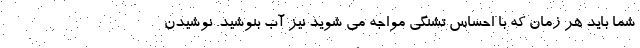
شما باید هر زمان که با احساس تشنگی مواجه می شوید نیز آب بنوشید. نوشیدن